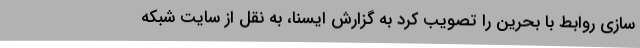
سازی روابط با بحرین را تصویب کرد به گزارش ایسنا، به نقل از سایت شبکه